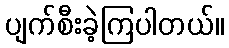
ပျက်စီးခဲ့ကြပါတယ်။